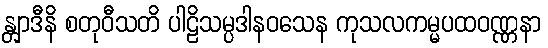
န္တျာဒီနိ စတုဝီသတိ ပါဠိသမ္ပဒါနဝသေန ကုသလကမ္မပထဝဏ္ဏနာ